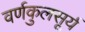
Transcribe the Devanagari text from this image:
वर्णकुलसूर्य